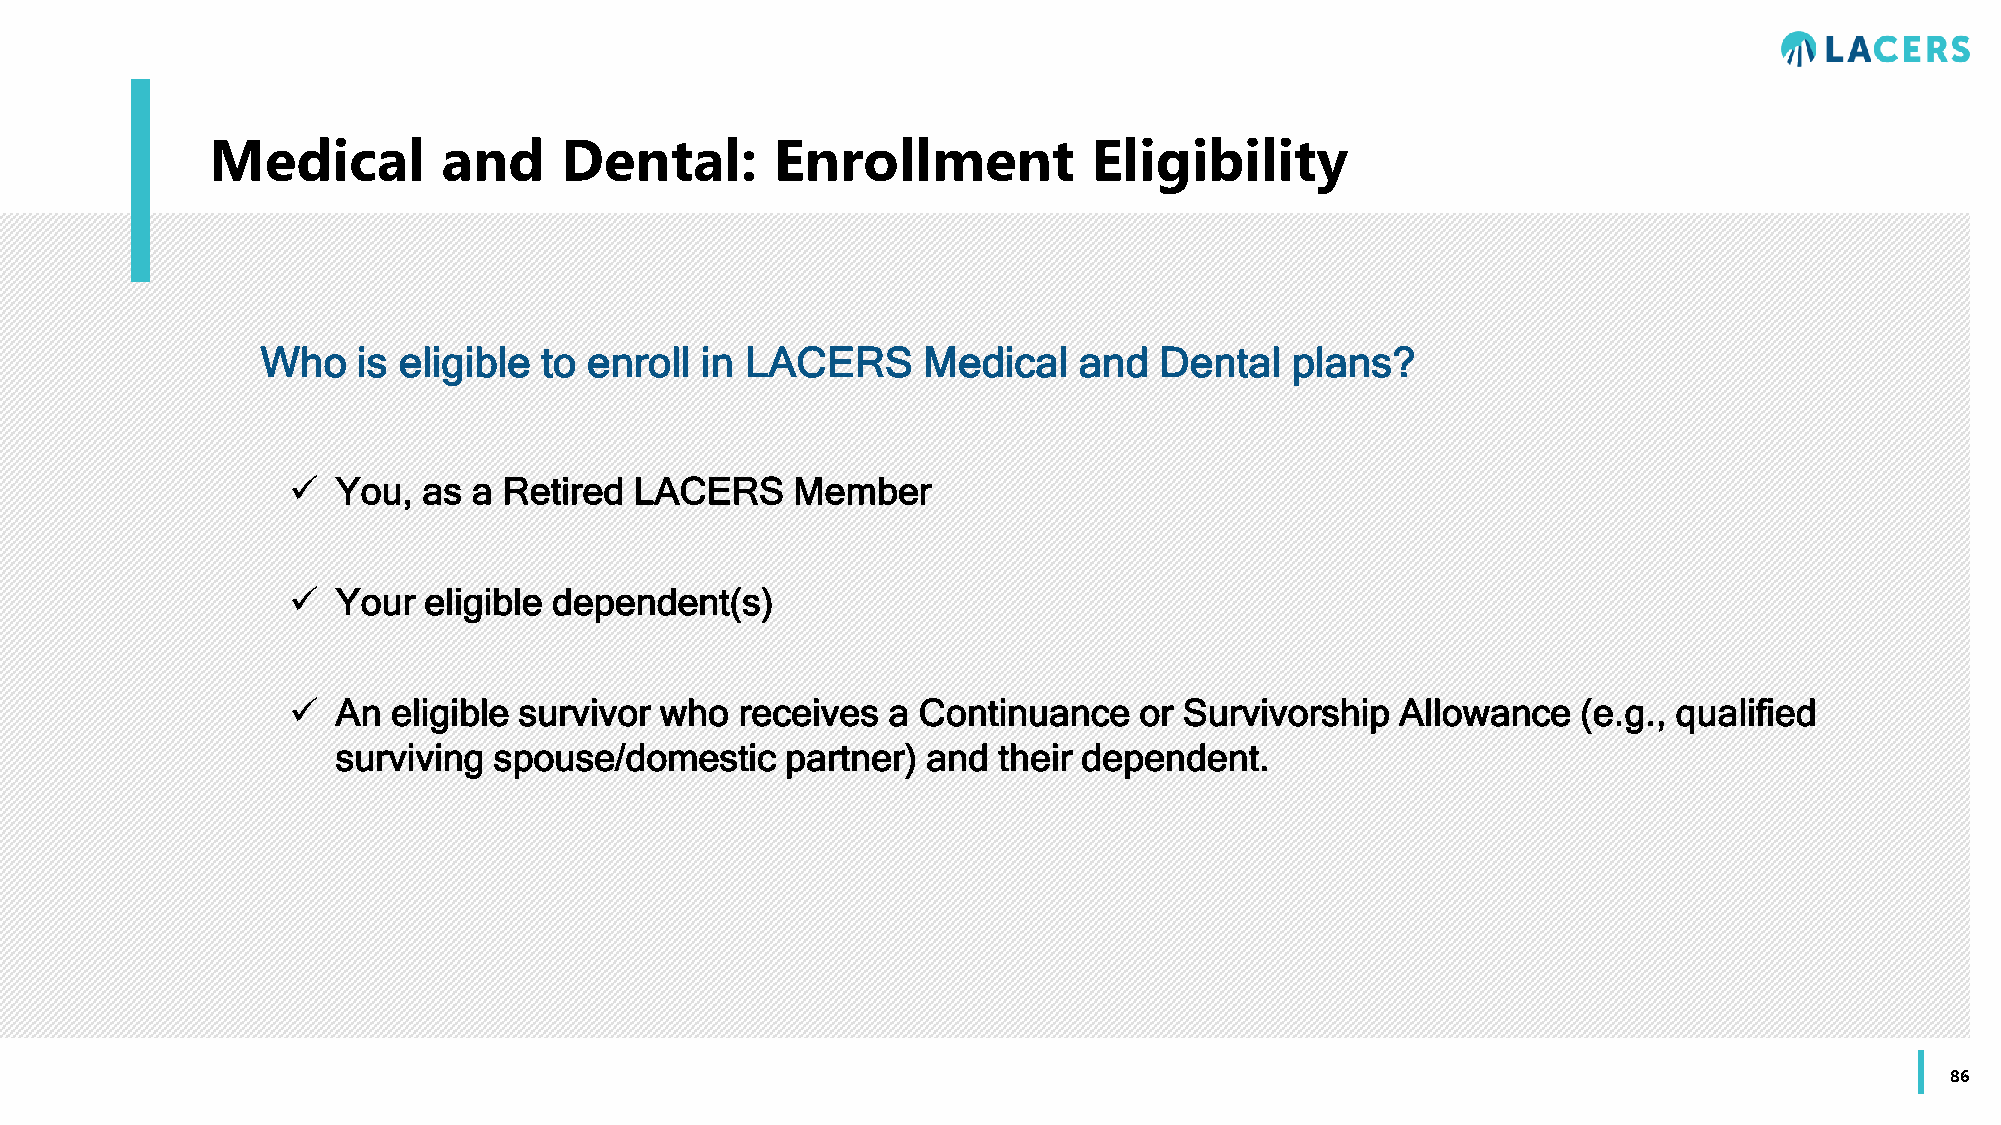
Medical        and     Dental:       Enrollment           Eligibility
 Who    is eligible to enroll in LACERS      Medical   and   Dental  plans?
   You,  as a Retired  LACERS    Member
   Your  eligible dependent(s)
   An  eligible survivor who  receives  a Continuance   or Survivorship   Allowance   (e.g., qualified
 surviving  spouse/domestic    partner) and  their dependent.
 86